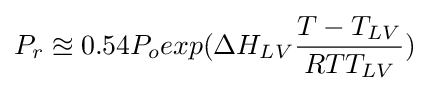
P_{r}\approxeq 0.54P_{o}exp(\Delta H_{LV}{T-T_{LV} \over RTT_{LV}})